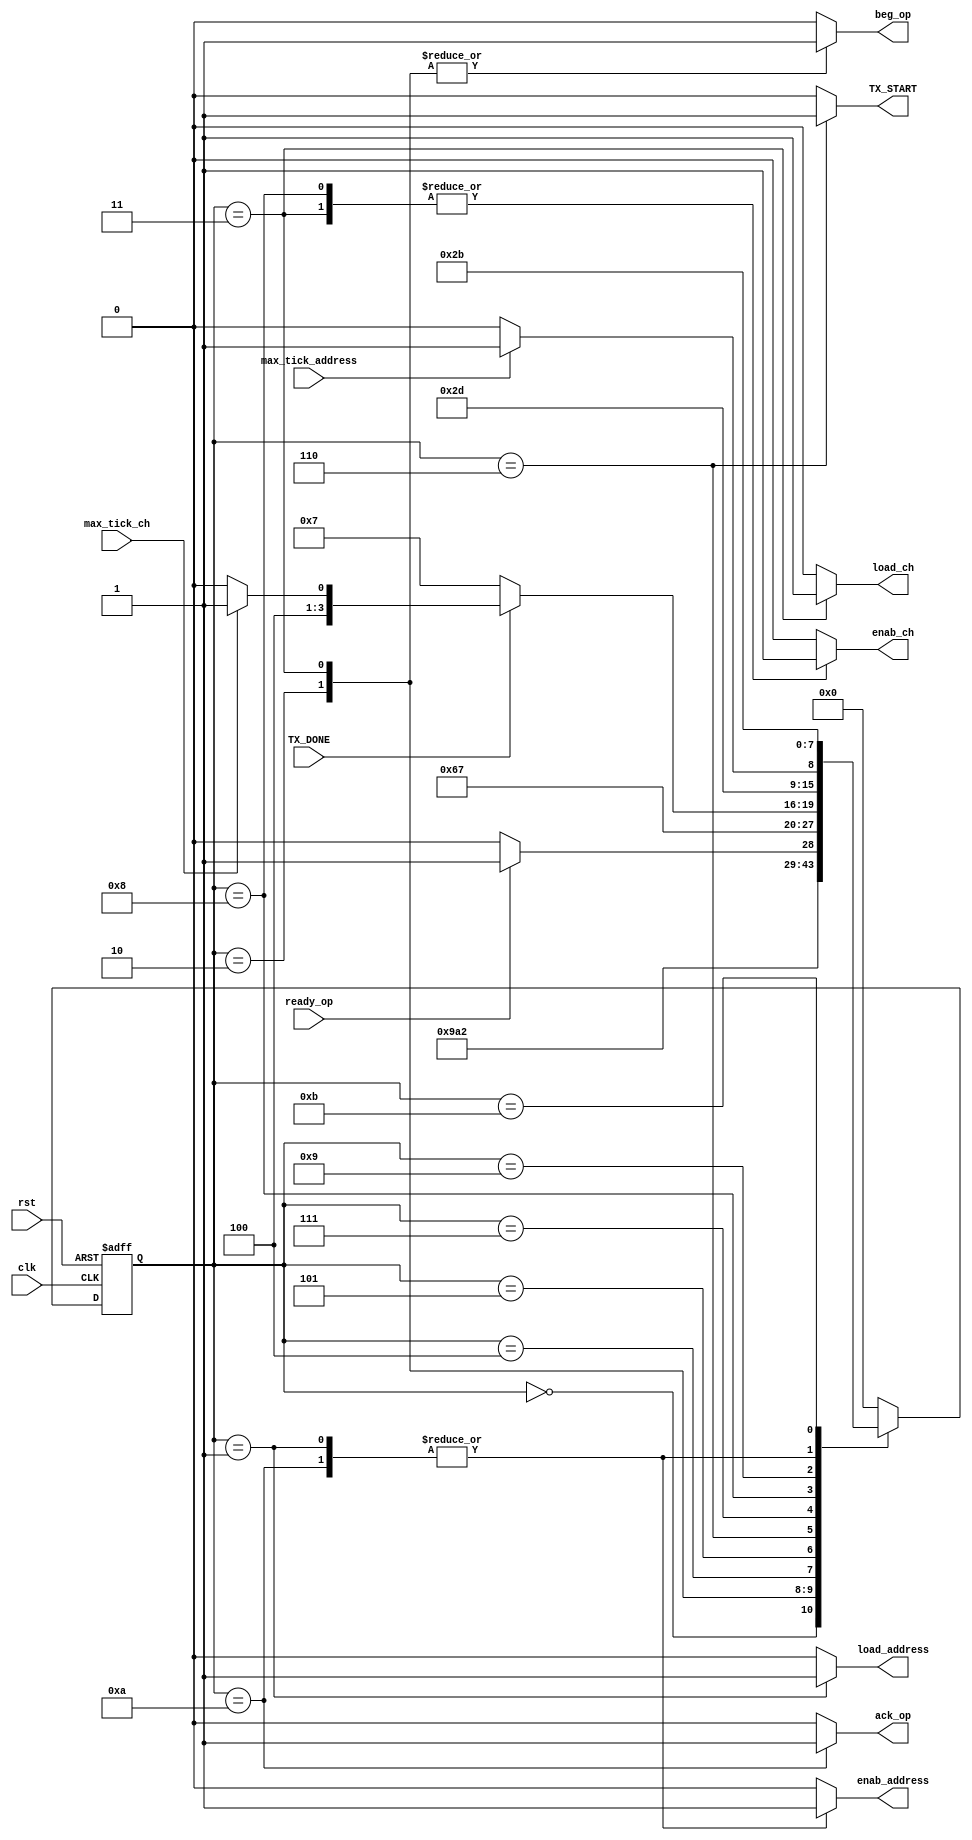
module FSM_test(
    input wire clk,
    input wire rst,
    input wire ready_op,
    input wire max_tick_address,
    input wire max_tick_ch,
    input wire TX_DONE,
    output reg beg_op,
    output reg ack_op,
    output reg load_address,
    output reg enab_address,
    output reg enab_ch,
    output reg load_ch,
    output reg TX_START
    );
localparam [3:0]    est0 = 4'b0000,
                    est1 = 4'b0001,
                    est2 = 4'b0010,
                    est3 = 4'b0011,
                    est4 = 4'b0100,
                    est5 = 4'b0101, 
                    est6 = 4'b0110,
                    est7 = 4'b0111,
                    est8 = 4'b1000,
                    est9 = 4'b1001,
                    est10 = 4'b1010,
                    est11 = 4'b1011;
reg [3:0] state_reg, state_next;    
always @( posedge clk, posedge rst)
    begin
        if(rst)	
            state_reg <= est0;
        else		
            state_reg <= state_next;
    end
always @*
    begin
        state_next = state_reg; 
        beg_op = 1'b0;
        ack_op = 1'b0;
        load_address = 1'b0;
        enab_address = 1'b0;
        enab_ch = 1'b0;
        load_ch = 1'b0;
        TX_START = 1'b0;
        case(state_reg)
        est0:
            begin
                state_next = est1;
            end
        est1:
            begin
                load_address = 1'b1;
                enab_address = 1'b1;
                state_next = est2;
            end
        est2:
            begin
                beg_op = 1'b1;
                state_next=est3;
            end
        est3:
            begin
                beg_op = 1'b1;
                enab_ch = 1'b1;
                load_ch = 1'b1;
                state_next=est4;
            end
        est4:
            begin
                if(ready_op)
                    state_next=est5;
                else
                    state_next=est4;
            end
        est5:
            begin
                state_next=est6;
            end
        est6:
            begin
                TX_START = 1'b1;
                state_next=est7;
            end
        est7:
            begin
                if(TX_DONE)
                    if(max_tick_ch)
                        state_next=est9;
                    else
                        begin
                            state_next=est8;
                        end
                else
                    state_next=est7;
            end
        est8:
            begin
                enab_ch = 1'b1;
                state_next=est5;
            end
        est9:
            begin
                if(max_tick_address)
                    state_next=est11;
                else
                    begin
                        state_next=est10;
                    end
            end
        est10:
            begin
                enab_address = 1'b1;
                ack_op = 1'b1;
                state_next=est2;
            end
        est11:
            begin
                state_next=est11;
            end
        default:
            state_next=est0;
        endcase
    end
endmodule